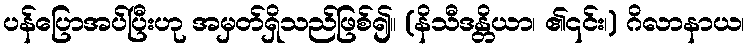
ပန်ပြောအပ်ပြီးဟု အမှတ်ရှိသည်ဖြစ်၍။ (နိသီဒန္တိယာ၊ ၏၎င်း၊) ဂိလာနာယ၊